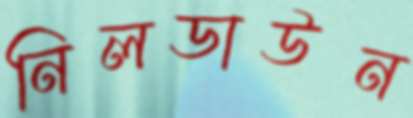
নিলডাউন